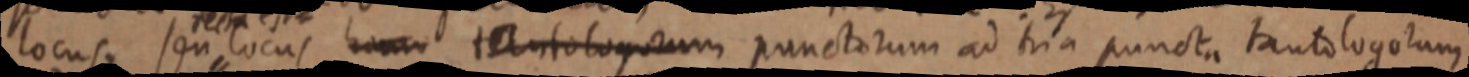
locus seu locus _ tantologorum punctorum ad tria puncta tanto logotum